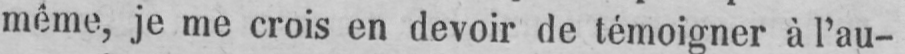
même, je me crois en devoir de témoigner à l’au-